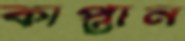
কাপ্তান